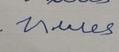
Signature authenticity: forged